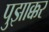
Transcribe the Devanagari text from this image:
पुझाक्कर